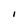
Character: I